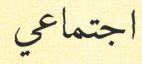
اجتماعي